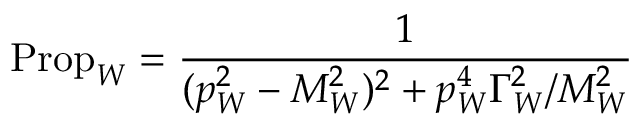
\mathrm { P r o p } _ { W } = { \frac { 1 } { ( p _ { W } ^ { 2 } - M _ { W } ^ { 2 } ) ^ { 2 } + p _ { W } ^ { 4 } \Gamma _ { W } ^ { 2 } / M _ { W } ^ { 2 } } }